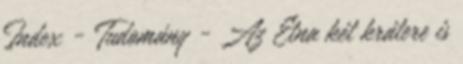
Index - Tudomány - Az Etna két krátere is